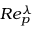
R e _ { p } ^ { \lambda }